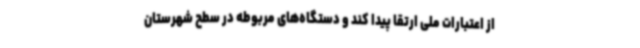
از اعتبارات ملی ارتقا پیدا کند و دستگاه‌های مربوطه در سطح شهرستان